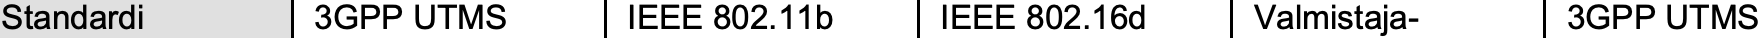
Standardi 3GPP UTMS IEEE 802.11b IEEE 802.16d Valmistaja- 3GPP UTMS